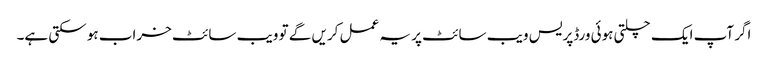
اگر آپ ایک چلتی ہوئی ورڈپریس ویب سائٹ پر یہ عمل کریں گے تو ویب سائٹ خراب ہو سکتی ہے۔